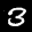
Label: 3